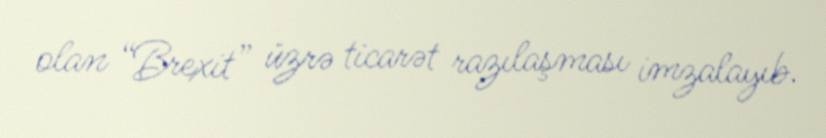
olan “Brexit” üzrə ticarət razılaşması imzalayıb.